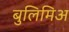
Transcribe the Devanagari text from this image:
बुलिमिअ